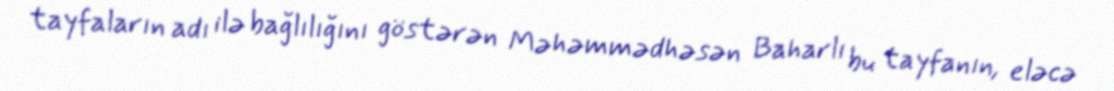
tayfaların adı ilə bağlılığını göstərən Məhəmmədhəsən Baharlı bu tayfanın, eləcə